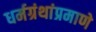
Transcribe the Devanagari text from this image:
धर्मग्रंथांप्रमाणे